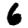
Digit: 6